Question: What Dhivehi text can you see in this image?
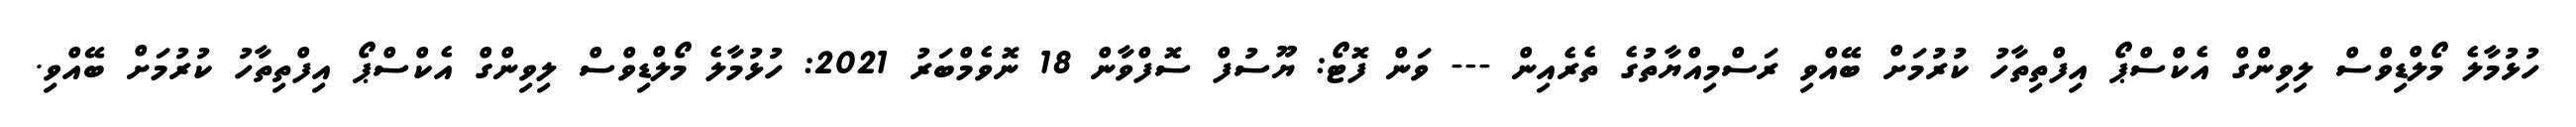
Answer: ހުޅުމާލެ މޯލްޑިވްސް ލިވިންގް އެކްސްޕޯ އިފްތިތާހު ކުރުމަށް ބޭއްވި ރަސްމިއްޔާތުގެ ތެރެއިން --- ވަން ފޮޓޯ: ޔޫސުފް ސޮފްވާން 18 ނޮވެމްބަރު 2021: ހުޅުމާލެ މޯލްޑިވްސް ލިވިންގް އެކްސްޕޯ އިފްތިތާހު ކުރުމަށް ބޭއްވި.